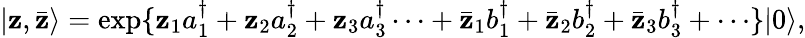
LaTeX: \vert\mathbf{z},\bar{{\mathbf{z}}}\rangle=\exp\{ \mathbf{z}_{1}a_{1}^{\dagger}+\mathbf{z}_{2}a_{2}^{\dagger}+\mathbf{z}_{3}a_{3}^{\dagger}\cdots+\bar{{\mathbf{z}}}_{1}b_{1}^{\dagger}+\bar{{\mathbf{z}}}_{2}b_{2}^{\dagger}+\bar{{\mathbf{z}}}_{3}b_{3}^{\dagger}+\cdots\} \vert0\rangle,